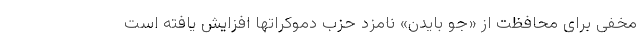
مخفی برای محافظت از «جو بایدن» نامزد حزب دموکراتها افزایش یافته است